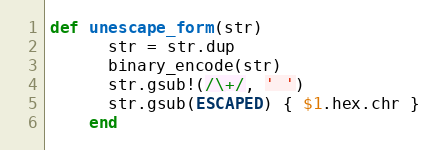
Language: Ruby
def unescape_form(str)
      str = str.dup
      binary_encode(str)
      str.gsub!(/\+/, ' ')
      str.gsub(ESCAPED) { $1.hex.chr }
    end